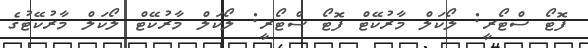
ފޮޓޯ ސްޓޯރީ: ލޯކަލް މާރުކޭޓް ފޮޓޯ ސްޓޯރީ: ލޯކަލް މާރުކޭޓް ލޯކަލް މާރުކޭޓުގެ